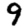
Digit: 9